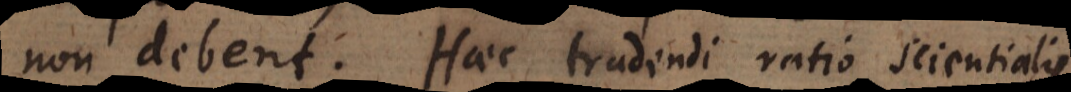
non debent. Haec tradendi ratio scientialis